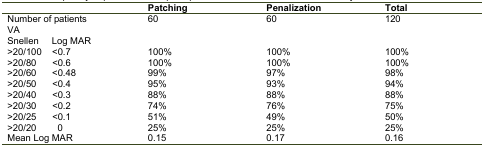
| <COLSPAN=2>  | Patching | Penalization | Total |
 | --- | --- | --- | --- | --- |
 | <COLSPAN=2> Number of patients | 60 | 60 | 120 |
 | <COLSPAN=5> VA |  |  |  |  |
 | Snellen | Log MAR |  |  |  |
 | >20/100 | <0.7 | 100% | 100% | 100% |
 | >20/80 | <0.6 | 100% | 100% | 100% |
 | >20/60 | <0.48 | 99% | 97% | 98% |
 | >20/50 | <0.4 | 95% | 93% | 94% |
 | >20/40 | <0.3 | 88% | 88% | 88% |
 | >20/30 | <0.2 | 74% | 76% | 75% |
 | >20/25 | <0.1 | 51% | 49% | 50% |
 | >20/200 | 0 | 25% | 25% | 25% |
 | <COLSPAN=2> Mean Log MAR | 0.15 | 0.17 | 0.16 |